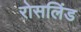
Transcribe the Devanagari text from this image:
रोसलिंड